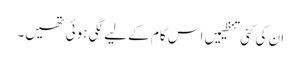
ان کی کئی تنظیمیں اس کام کے لیے لگی ہوئی تھیں۔